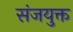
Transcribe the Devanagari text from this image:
संजयुक्त